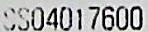
SS04017600